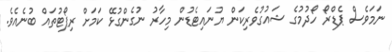
ނަމަވެސް ޕެޑްރޯ ހޯދުމުގެ ޝައުގުވެރިކަން ޔުނައިޓެޑުން މިހާރު ނުގެންގުޅޭ ކަމަށް ރިޕޯޓުތައް ބުނެއެވެ.